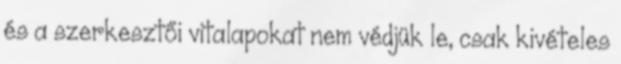
és a szerkesztői vitalapokat nem védjük le, csak kivételes